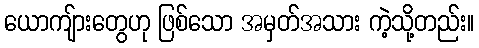
ယောကျ်ားတွေဟု ဖြစ်သော အမှတ်အသား ကဲ့သို့တည်း။